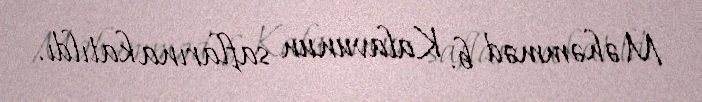
Məhəmməd b. Kalavunun saflarına katıldı.